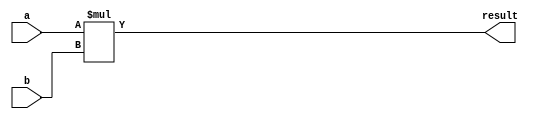
module simpleMultiplier (
    input wire signed [31:0] a,
    input wire signed [31:0] b,
    output wire signed [63:0] result
);


assign result=a*b;
    
endmodule